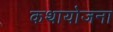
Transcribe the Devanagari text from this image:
कथायोजना